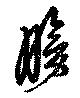
膀